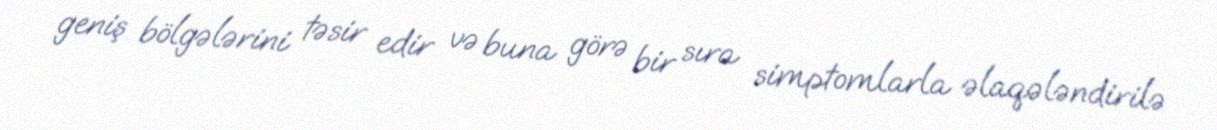
geniş bölgələrini təsir edir və buna görə bir sıra simptomlarla əlaqələndirilə